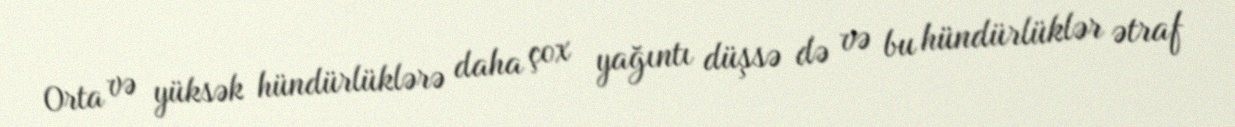
Orta və yüksək hündürlüklərə daha çox yağıntı düşsə də və bu hündürlüklər ətraf